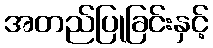
အတည်ပြုခြင်းနှင့်